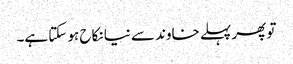
تو پھر پہلے خاوند سے نیا نکاح ہو سکتا ہے۔